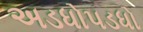
અડધોપડધો